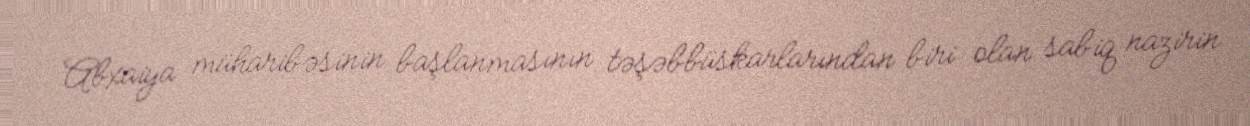
Abxaiya müharibəsinin başlanmasının təşəbbüskarlarından biri olan sabiq nazirin